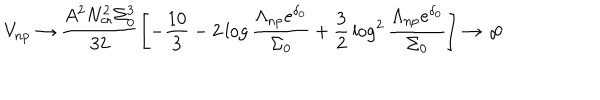
V _ { \mathrm { n p } } \rightarrow \frac { A ^ { 2 } N _ { \mathrm { c r } } ^ { 2 } \Sigma _ { 0 } ^ { 3 } } { 3 2 } \left[ - { \frac { 1 0 } { 3 } } - 2 \log \frac { \Lambda _ { \mathrm { n p } } e ^ { \delta _ { 0 } } } { \Sigma _ { 0 } } + { \frac { 3 } { 2 } } \log ^ { 2 } \frac { \Lambda _ { \mathrm { n p } } e ^ { \delta _ { 0 } } } { \Sigma _ { 0 } } \right] \rightarrow \infty